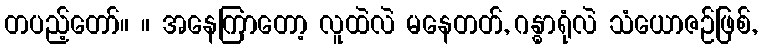
တပည့်တော်။ ။ အနေကြာတော့ လူထဲလဲ မနေတတ်, ဂန္ဓာရုံလဲ သံယောဇဉ်ဖြစ်,